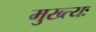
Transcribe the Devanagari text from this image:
मुख्त्यः